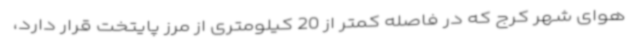
هوای شهر کرج که در فاصله کمتر از 20 کیلومتری از مرز پایتخت قرار دارد،